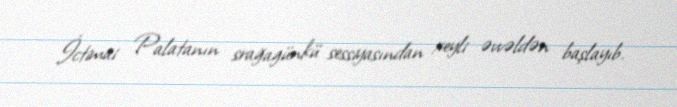
İctimai Palatanın srağagünkü sessiyasından xeyli əvvəldən başlayıb.